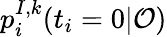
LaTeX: p_{i}^{I,k}(t_{i}=0|\mathcal{O})